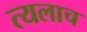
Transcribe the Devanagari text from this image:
त्यलाच